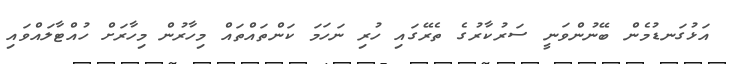
އަޅުގަނޑުމެން ބޭނުންވަނީ ސަރުކާރުގެ ތެރޭގައި ހުރި ނަހަމަ ކަންތައްތައް މިހާރުން މިހާރަށް ހުއްޓާލައްވައި